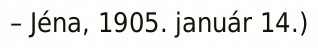
– Jéna, 1905. január 14.)